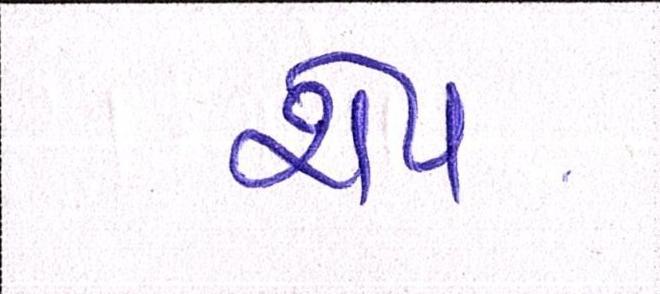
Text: શેપ